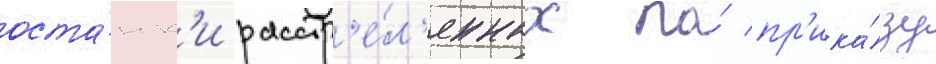
оста́нк'и расстр'е́л'янных по́ пр'ика́зу